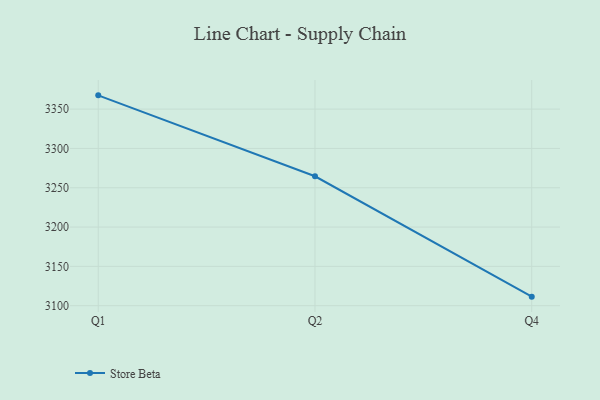
{"axis": {"x": "Quarter", "y": "Satisfaction Score"}, "legend": ["Store Beta"], "data": [{"x": "Q1", "y": 3367.5, "type": "Store Beta"}, {"x": "Q2", "y": 3264.6, "type": "Store Beta"}, {"x": "Q4", "y": 3111.5, "type": "Store Beta"}]}